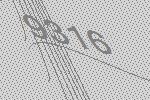
9316